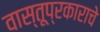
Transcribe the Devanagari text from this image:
वास्तूप्रकाराचे